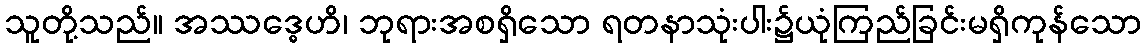
သူတို့သည်။ အဿဒ္ဓေဟိ၊ ဘုရားအစရှိသော ရတနာသုံးပါး၌ယုံကြည်ခြင်းမရှိကုန်သော